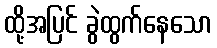
ထို့အပြင် ခွဲထွက်နေသော